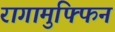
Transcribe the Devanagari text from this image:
रागामुफ्फिन